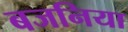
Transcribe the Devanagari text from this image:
बजनिया